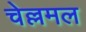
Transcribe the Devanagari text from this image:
चेल्लमल